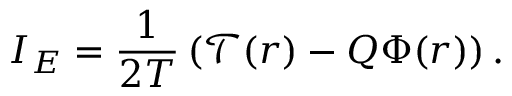
I _ { E } = \frac { 1 } { 2 T } \left( \mathcal { T } ( r ) - Q \Phi ( r ) \right) .